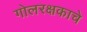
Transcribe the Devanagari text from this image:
गोलरक्षकाचे